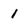
Character: 1